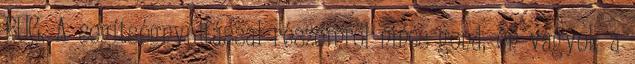
BUG. A segítségnyújtással részemről nincs gond, én vagyok a